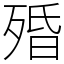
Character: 殙